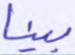
بينا